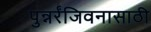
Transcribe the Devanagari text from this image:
पुन्नर्रंजिवनासाठी